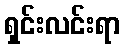
ရှင်းလင်းရာ